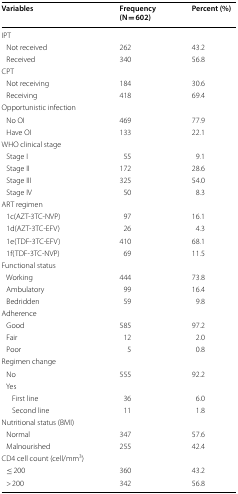
| Variables | Frequency (N = 602) | Percent (%) |
 | --- | --- | --- |
 | <COLSPAN=3> IPT |
 | Not received | 262 | 43.2 |
 | Received | 340 | 56.8 |
 | <COLSPAN=3> CPT |
 | Not receiving | 184 | 30.6 |
 | Receiving | 418 | 69.4 |
 | <COLSPAN=3> Opportunistic infection |
 | No OI | 469 | 77.9 |
 | Have OI | 133 | 22.1 |
 | <COLSPAN=3> WHO clinical stage |
 | Stage I | 55 | 9.1 |
 | Stage II | 172 | 28.6 |
 | Stage III | 325 | 54.0 |
 | Stage IV | 50 | 8.3 |
 | <COLSPAN=3> ART regimen |
 | 1c(AZT-3TC-NVP) | 97 | 16.1 |
 | 1d(AZT-3TC-EFV) | 26 | 4.3 |
 | 1e(TDF-3TC-EFV) | 410 | 68.1 |
 | 1f(TDF-3TC-NVP) | 69 | 11.5 |
 | <COLSPAN=3> Functional status |
 | Working | 444 | 73.8 |
 | Ambulatory | 99 | 16.4 |
 | Bedridden | 59 | 9.8 |
 | <COLSPAN=3> Adherence |
 | Good | 585 | 97.2 |
 | Fair | 12 | 2.0 |
 | Poor | 5 | 0.8 |
 | <COLSPAN=3> Regimen change |
 | No | 555 | 92.2 |
 | <COLSPAN=3> Yes |
 | First line | 36 | 6.0 |
 | Second line | 11 | 1.8 |
 | <COLSPAN=3> Nutritional status (BMI) |
 | Normal | 347 | 57.6 |
 | Malnourished | 255 | 42.4 |
 | <COLSPAN=3> CD4 cell count (cell/mm3) |
 | ≤ 200 | 360 | 43.2 |
 | > 200 | 342 | 56.8 |